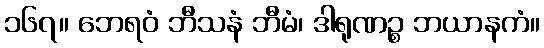
၁၆၇။ ဘေရဝံ ဘီသနံ ဘီမံ၊ ဒါရုဏဉ္စ ဘယာနကံ။